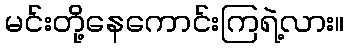
မင်းတို့နေကောင်းကြရဲ့လား။